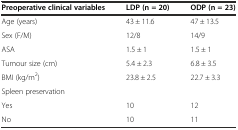
| Preoperative clinical variables | LDP (n = 20) | ODP (n = 23) |
 | --- | --- | --- |
 | Age (years) | 43 ± 11.6 | 47 ± 13.5 |
 | Sex (F/M) | 12/8 | 14/9 |
 | ASA | 1.5 ± 1 | 1.5 ± 1 |
 | Tumour size (cm) | 5.4 ± 2.3 | 6.8 ± 3.5 |
 | BMI (kg/m2) | 23.8 ± 2.5 | 22.7 ± 3.3 |
 | Spleen preservation |  |  |
 | Yes | 10 | 12 |
 | No | 10 | 11 |